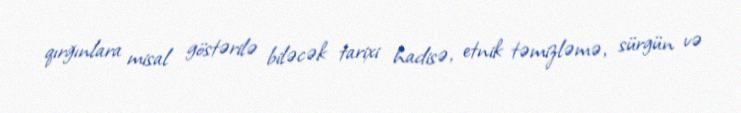
qırğınlara misal göstərilə biləcək tarixi hadisə, etnik təmizləmə, sürgün və